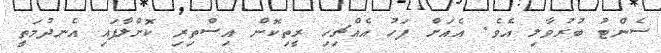
ސެންޓު ބުރުވާލި އެވެ. އެއަށް ފަހު އެއްޗިހި ރީތިކޮން އިސްތިރި ކޮށްލާފައި އެނދުމަތީ